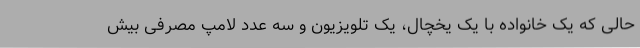
حالی که یک خانواده با یک یخچال، یک تلویزیون و سه عدد لامپ مصرفی بیش